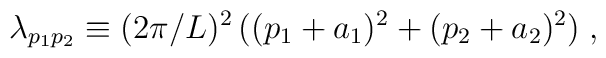
\lambda_{p_1p_2} \equiv  (2\pi/L)^2\, \big((p_1+a_1)^2+(p_2+a_2)^2\big)\;,